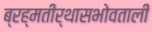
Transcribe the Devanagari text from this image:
ब्रह्मतीर्थासभोवताली